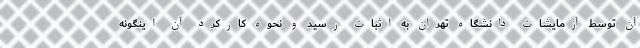
آن توسط آزمایشات دانشگاه تهران به اثبات رسید و نحوه کارکرد آن اینگونه